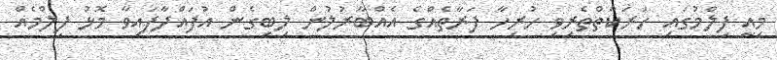
މިއީ ފިލްމުގައި ހަރަކާތްތެރިވި ހުރިހާ ފަރާތެއްގެ އެއްބާރުލުން ލިބިގެން އުފައްދާފައިވާ މޮޅު ފިލްމެއް